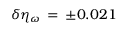
\delta \eta _ { \omega } \, = \, \pm 0 . 0 2 1